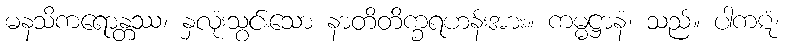
မနသိကရောန္တဿ၊ နှလုံးသွင်းသော နာတိတိက္ခရဟန်းအား။ ကမ္မဋ္ဌာနံ၊ သည်။ ပါကဋံ၊